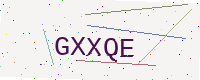
Text: GXXQE